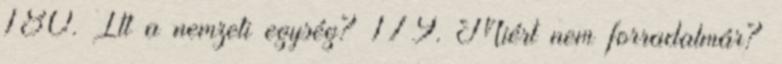
180. Itt a nemzeti egység? 179. Miért nem forradalmár?